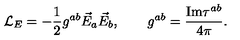
{ \cal L } _ { E } = - \frac { 1 } { 2 } g ^ { a b } \vec { E } _ { a } \vec { E } _ { b } , \qquad g ^ { a b } = \frac { \mathrm { I m } \tau ^ { a b } } { 4 \pi } .